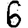
Digit: 6